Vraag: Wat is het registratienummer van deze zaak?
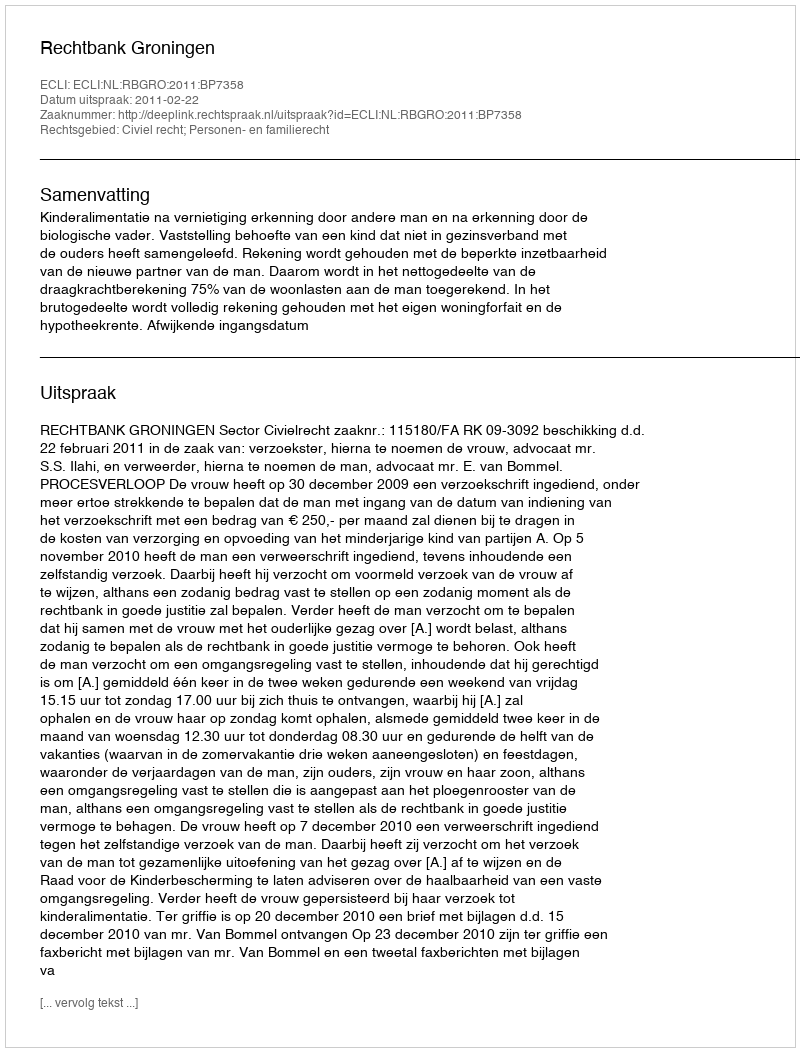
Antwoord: http://deeplink.rechtspraak.nl/uitspraak?id=ECLI:NL:RBGRO:2011:BP7358